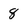
Character: 8